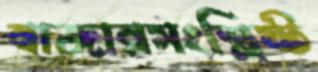
বাজারসংশ্লিষ্ট